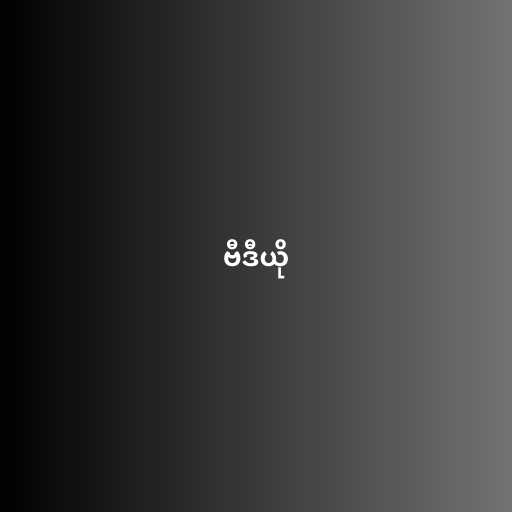
ဗီဒီယို